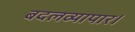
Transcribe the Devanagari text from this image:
बदलव्यापार।